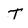
Character: T